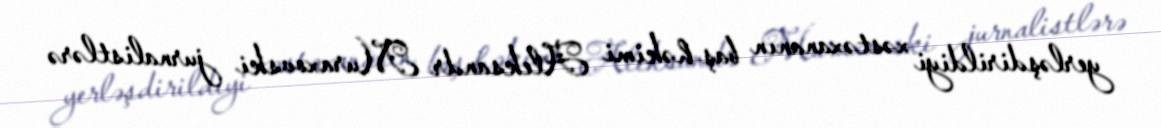
yerləşdirildiyi xəstəxananın baş həkimi Aleksandr Muraxovski jurnalistlərə